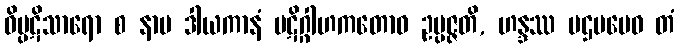
ဝိပ္ပဋိသာရော စ နာမ ဒါယကာနံ ပဋိဂ္ဂါဟကတောဝ ဥပ္ပဇ္ဇတိ, ဟန္ဒဿ ပဌမမေဝ တံ